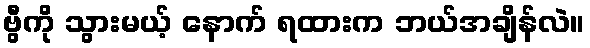
ဗွီကို သွားမယ့် နောက် ရထားက ဘယ်အချိန်လဲ။